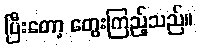
ပြီးတော့ တွေးကြည့်သည်။